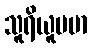
သူရိယူပမာ